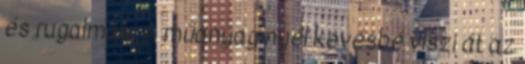
és rugalmas. A műanyag nyél kevésbé viszi át az